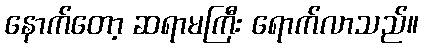
နောက်တော့ ဆရာမကြီး ရောက်လာသည်။